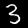
Digit: 3